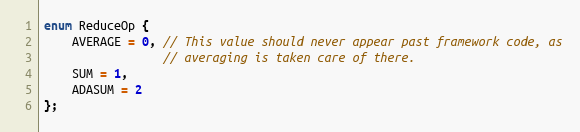
Language: C
enum ReduceOp {
    AVERAGE = 0, // This value should never appear past framework code, as
                 // averaging is taken care of there.
    SUM = 1,
    ADASUM = 2
};